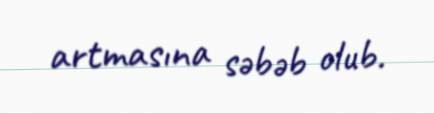
artmasına səbəb olub.